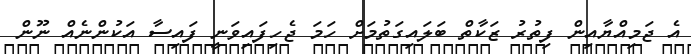
އެ ޖަމިއްޔާއިން ފިތުރު ޒަކާތް ބަލައިގަތުމަށް ހަމަ ޖެހިފައިވަނީ ފައިސާ އަކުންނެއް ނޫން